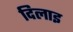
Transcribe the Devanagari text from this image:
दिलाइ